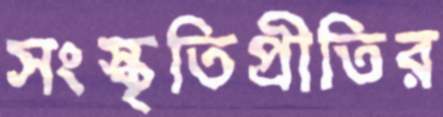
সংস্কৃতিপ্রীতির